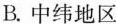
B.中纬地区